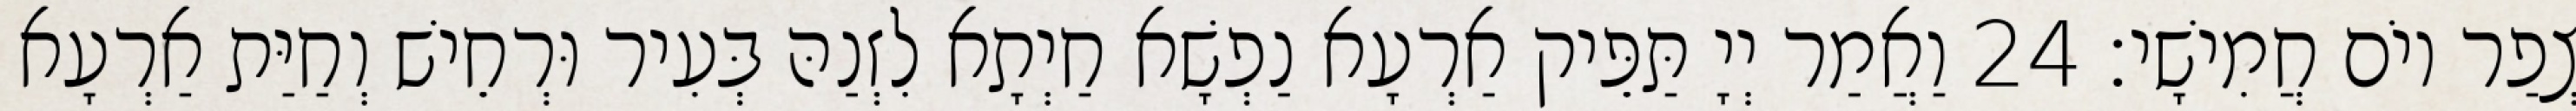
צְפַר יוֹם חֲמִישָׁי׃ 24 וַאֲמַר יְיָ תַּפֵּיק אַרְעָא נַפְשָׁא חַיְתָא לִזְנַהּ בְּעִיר וּרְחֵישׁ וְחַיַּת אַרְעָא